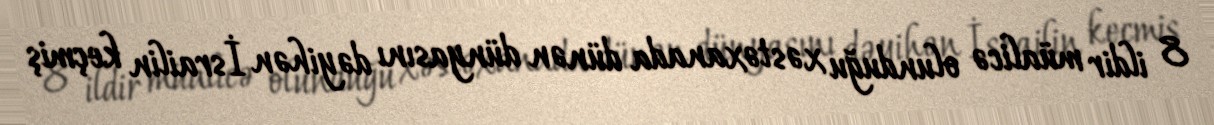
8 ildir müalicə olunduğu xəstəxanada dünən dünyasını dəyihən İsrailin keçmiş